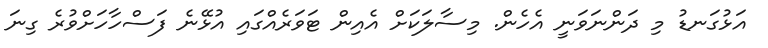
އަޅުގަނޑު މި ދަންނަވަނީ އެހެން. މިސާލަކަށް އެއިން ޓަވަރެއްގައި އުޅޭނެ ފަސްހާހަށްވުރެ ގިނަ